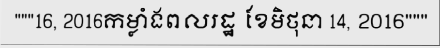
"""16, 2016កម្លាំងពលរដ្ឋ ខែមិថុនា 14, 2016"""